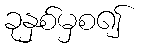
ခုနှစ်မှစ၍